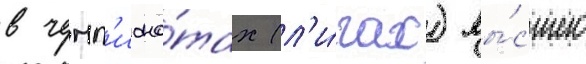
в чемп'иона́тах (л'и́гах) вы́сшего